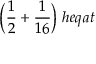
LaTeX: { \bigg ( } { \frac { 1 } { 2 } } + { \frac { 1 } { 1 6 } } { \bigg ) } \; h e q a t